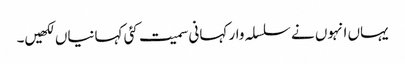
یہاں انہوں نے سلسلہ وار کہانی سمیت کئی کہانیاں لکھیں۔